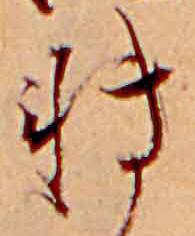
転